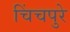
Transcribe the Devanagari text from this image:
चिंचपुरे